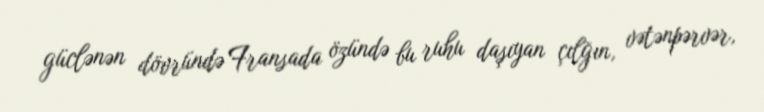
güclənən dövründə Fransada özündə bu ruhu daşıyan çılğın, vətənpərvər,